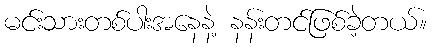
မင်းသားတစ်ပါးအနေနဲ့ နန်းတင်ဖြစ်ခဲ့တယ်။